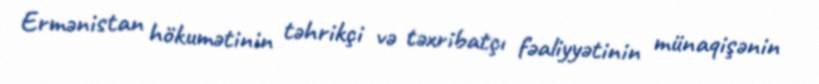
Ermənistan hökumətinin təhrikçi və təxribatçı fəaliyyətinin münaqişənin